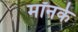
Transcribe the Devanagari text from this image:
मॉनर्क